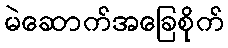
မဲဆောက်အခြေစိုက်